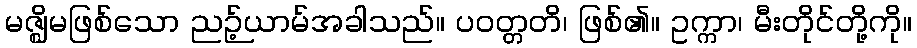
မဇ္ဈိမဖြစ်သော ညဉ့်ယာမ်အခါသည်။ ပဝတ္တတိ၊ ဖြစ်၏။ ဥက္ကာ၊ မီးတိုင်တို့ကို။